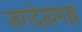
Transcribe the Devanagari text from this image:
जगदेखमल्ल